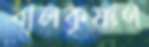
বালকৃষ্ণণ